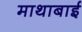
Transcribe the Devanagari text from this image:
माथाबाई